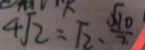
4 \sqrt { 2 } = \sqrt { 2 } \cdot \frac { \sqrt { 1 0 } } { 2 }